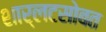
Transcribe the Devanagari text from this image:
शार्लटसोबत